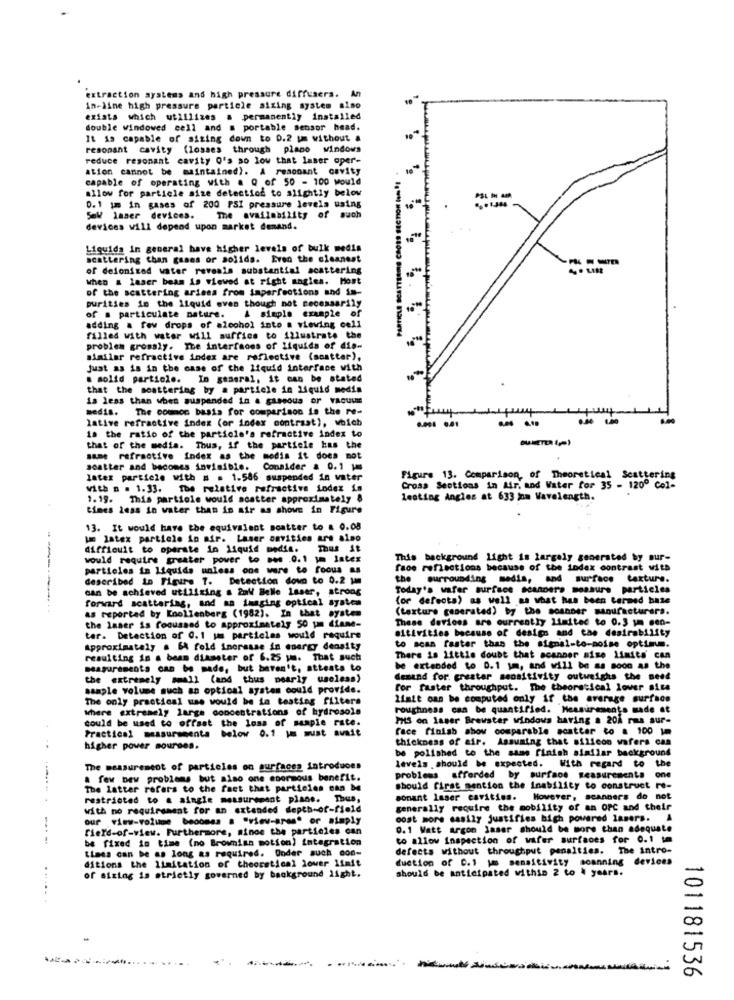
extraction systems and high pressure diffusera. An
in-line high pressure particle sizing system also
exiata which utilizes a permanently installed
double windowed cell and s portable sensor head.
It is capable of sizing down to 0.2 um without a
resonant cavity (losses through plano windows
reduce resonant cavity O's so low that laser oper-
ation cannot be maintained). A resonant cavity
PARTICLE SCATTARE CROSS SECTION IN !!
capable of operating with a Q of 50 - 100 would
allow for particle size detection to slightly below
0. 1 im in gases of 200 PSI pressure levels using
Sel laser devices.
The availability of such
devices will depend upon market denand.
Liquida in general have higher levels of bulk medis
scattering than gases or solida. Even the cleanest
of deionized water reveals substantial scattering
when & laser beam is viewed at right sagles. Most
of the scattering ariana from imperfections and im-
purities in the liquid even though not necessarily
of . particulate nature.
A simple example of
adding a few drops of alcohol into a viewing cell
filled with water will suffice to illustrate the
problem grossly. The interfaces of liquida of dis-
similar refractive index are reflective (scatter).
Just as is in the case of the liquid interface with
solid particle. In general, it can be stated
that the scattering by a particle in liquid media
is less than when suspended in a gaseous or VACUUM
medis. The common basis for comparison is the Pe-
lative refractive index (or index contrast), which
. ..
--
is the ratio of the particle's refractive index to
that of the media. Thus, if the particle has the
same refractive Index as the media it does mot
scatter and becomes invisible. Conaider & 0.1 1
later partiele with # . 1.586 suspended in water
Figure 13. Comparison, of Theoretical Scattering
with a . 1.33. The relative refractive index in
Cross Sections in Air, and Water for 35 - 1200 Col-
1. 19. This particle would scatter approximately &
lesting Angles at 633 ina Wavelength.
times less in water than in air as shown in Figure
13. It would have the equivalent soatter to a 0.08
Je latex particle in air. Laser onvities are also
difficult to operate in liquid media. Thus st
would require greater power to sos .0.1 1a latex
This background light is largely generated by sur-
particles in Liquids unless one were to focus as
face reflections because of the index contrast with
described in Figure 7. Detection down to 0.2 1mm
the
surrounding media, and surface texture.
can be achieved utilizing a 2al Belle laser, strong
Today's wafer surface scanDera measure particles
forward scattering, and aa imaging optical system
(or defecta) as well as what has been termed base
------
(texture generated) by the scanner manufacturers.
as reported by Enollenberg (1982). In that system
These devices are currently limited to 0.3 1 men-
the laser is focussed to approximately 50 um diame-
aitivities because of design and cae desirability
tar. Detection of 0. 1 um particles would require
Approximately . BA fold increase in energy density
to scan faster than the signal-to-noise optimum.
resulting in a beam diameter of 6.25 um. That such
There is little doubt that acanper mise limits' can
measurements can be made, but haven't, attests to
be extended to 0.1 \m, and will be as soon as the
the extremely small (and thus pearly useless)
deend for greater sensitivity outweighs the need
sample volume such an optical system could provide.
for faster throughput. The theoretical lover site
The only practical use would be in testing filters
Limit can be computed only if the average surface
where extremely large concentrations of hydrosols
roughness can be quantified. Measurements made at
could be used to offset the loss of sample rate.
PHS on laser Brewster windows having a 201 rms sur-
Practical measurements below 0.1 |u must avait
face finish show comparable scatter to a 100 1m
thickness of air. Assuming that willcon wafers can
higher pover courses.
be polished to the same finish similar background
the
The measurement of particles on surfaces introduces
laveis should be expected. With regard to
a few Dew problems but also one enormous benefit.
problems afforded by surface measurements
one
The latter refers to the fact that particles can be
should first mention the Inability to construct re-
restricted to a single measurement plane. Thus,
sonant laser cavities. However, scanners do not
with no requirement for an extended depth-of-field
generally require the mobility of an OPC and their
our view-volume becomes a "view-area" or simply
cost more easily justifies high powered lasers.
field-of-view. Furthermore, since the particles can
0.1 Watt argon laser should be more than adequate
----
be fixed in time (no Brownisn motion) integration
to allow Inspection of wafer surfaces for 0.1 tm
Limes can be as long as required. Onder such con-
defects without throughput penalties. The intro-
ditions the limitation of theoretical lower limit
duction of C.1 Im sensitivity scanning devices
should be anticipated withse 2 to à years.
. ..
of sizing is strictly governed by background light.
101181536